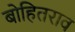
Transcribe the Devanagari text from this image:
बोहितराव